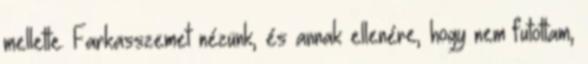
mellette. Farkasszemet nézünk, és annak ellenére, hogy nem futottam,